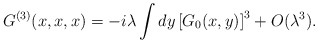
\begin{align*}G^{(3)}(x,x,x)= -i\lambda\int dy\left[G_0(x,y)\right]^3 +O(\lambda^3).\end{align*}